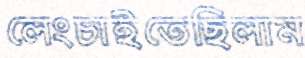
লেংচাইতেছিলাম